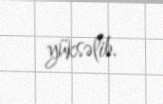
yüksəlib.